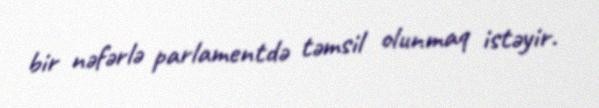
bir nəfərlə parlamentdə təmsil olunmaq istəyir.